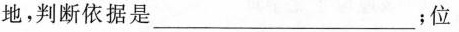
地，判断依据是___；位